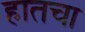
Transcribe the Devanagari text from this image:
हातचा